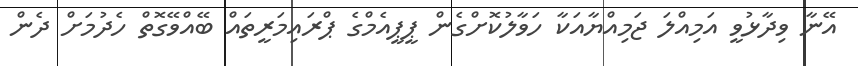
އޭނާ ވިދާޅުވީ އަމިއްލަ ޖަމިއްޔާއަކާ ހަވާލުކޮށްގެން ޕީޕީއެމްގެ ޕްރައިމަރީތައް ބޭއްވޭގޮތް ހެދުމަށް ދެން